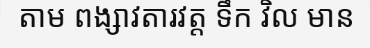
តាម ពង្សាវតារវត្ត ទឹក វិល មាន